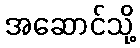
အဆောင်သို့